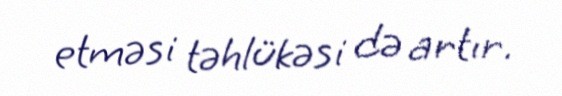
etməsi təhlükəsi də artır.